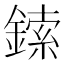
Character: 鎍